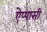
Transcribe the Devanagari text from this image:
ऐप्पासी